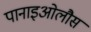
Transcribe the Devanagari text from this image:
पानाइओलौस